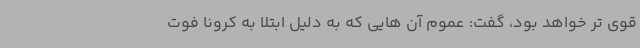
قوی تر خواهد بود، گفت: عموم آن هایی که به دلیل ابتلا به کرونا فوت